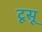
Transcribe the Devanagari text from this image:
टूसू